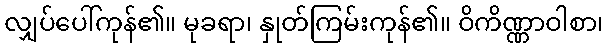
လျှပ်ပေါ်ကုန်၏။ မုခရာ၊ နှုတ်ကြမ်းကုန်၏။ ဝိကိဏ္ဏာဝါစာ၊